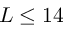
L \leq 1 4